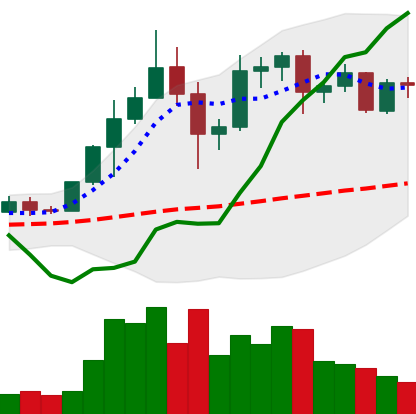
Ticker: ADA-USD
Chart end date: 2020-12-06
Forward return: -12.223%
Label: down_7plus